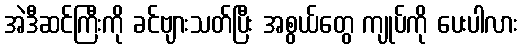
အဲဒီဆင်ကြီးကို ခင်ဗျားသတ်ပြီး အစွယ်တွေ ကျုပ်ကို ပေးပါလား